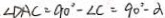
\angle D A C = 9 0 ^ { \circ } - \angle C = 9 0 ^ { \circ } - \alpha